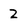
Character: Z